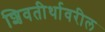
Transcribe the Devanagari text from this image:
शिवतीर्थावरील